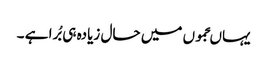
یہاںجموں میں حال زیادہ ہی بُرا ہے ۔